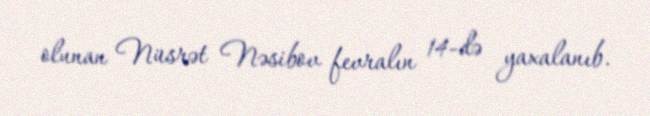
olunan Nüsrət Nəsibov fevralın 14-də yaxalanıb.